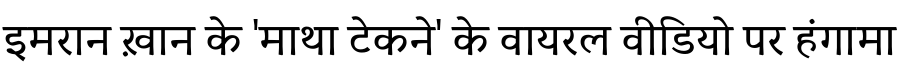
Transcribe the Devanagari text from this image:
इमरान ख़ान के 'माथा टेकने' के वायरल वीडियो पर हंगामा